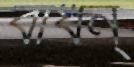
বাঁধন্